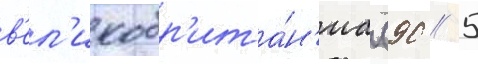
в'ел'икобр'ита́н'иа (90 / 5